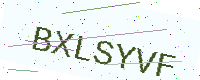
Text: BXLSYVF